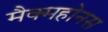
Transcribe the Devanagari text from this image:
मैक्महोनस